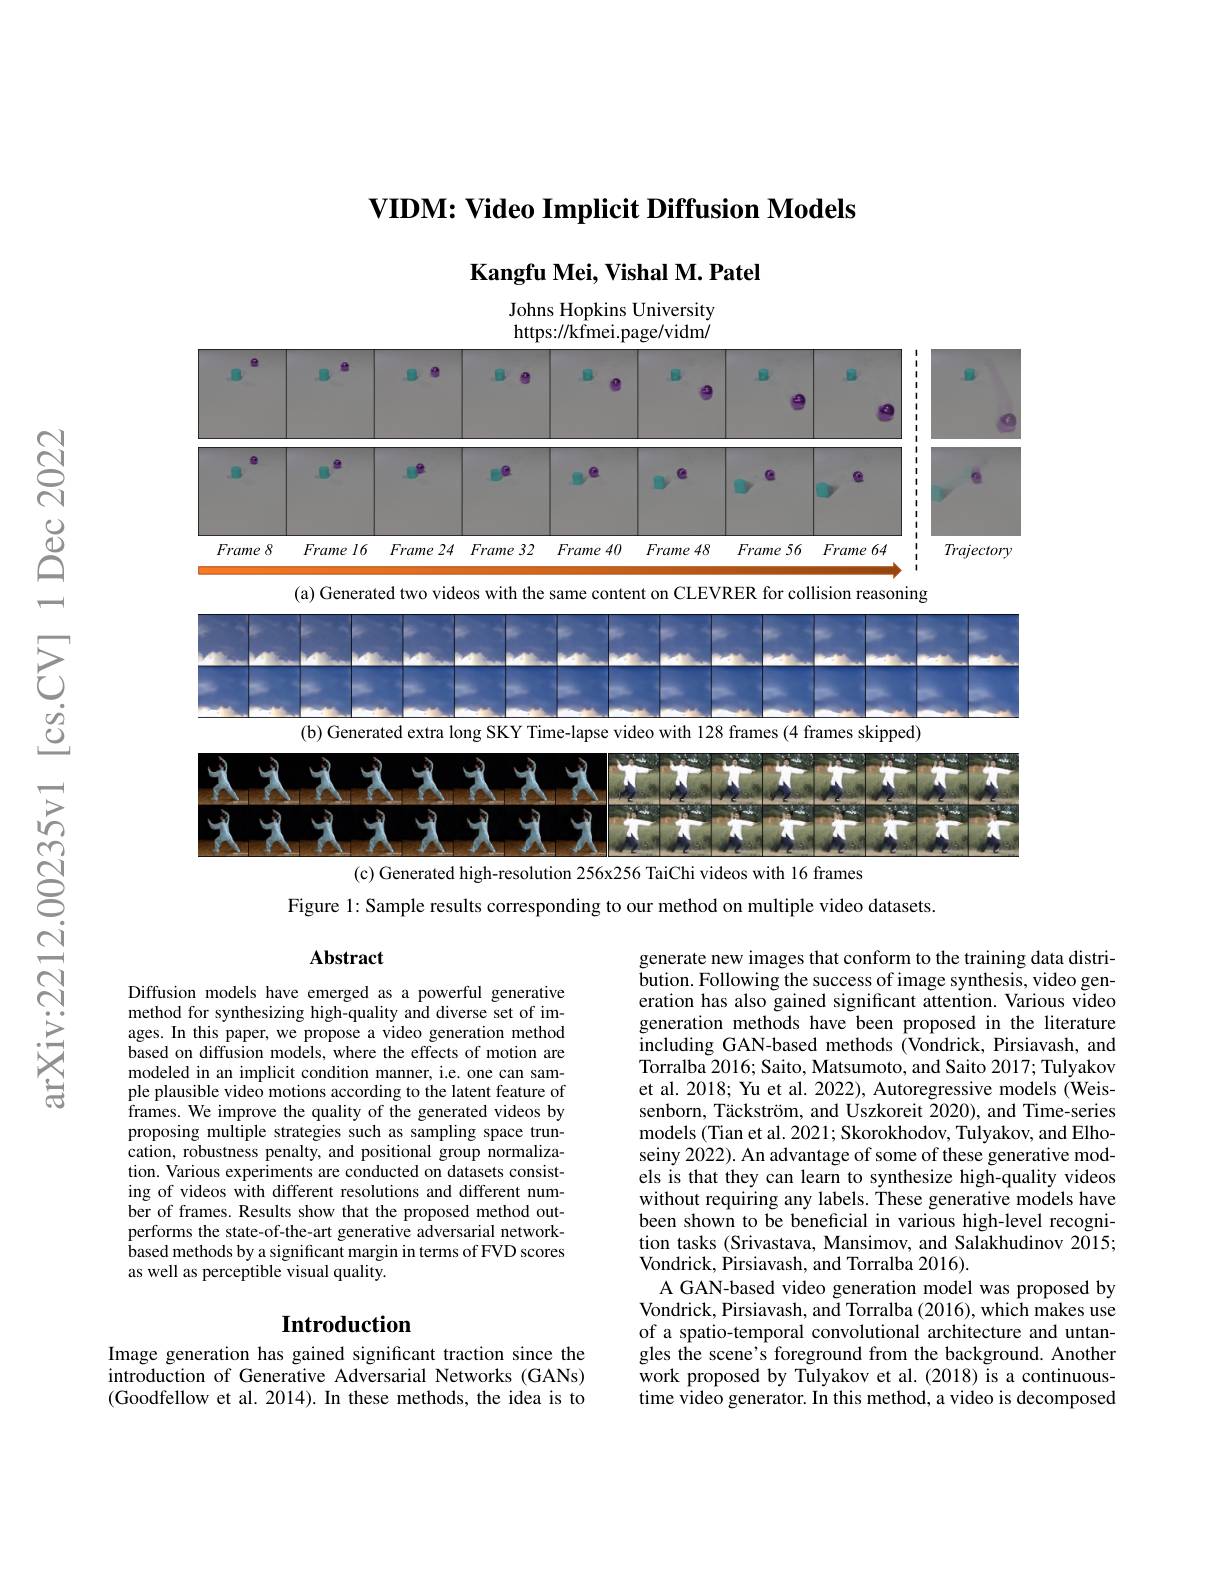
VIDM: Video Implicit Diffusion Models

Kangfu Mei, Vishal M. Patel

Johns Hopkins University https: / / kfmei. page/ vidm/
<FigureHere>

(c) Generated high-resolution 256x256 TaiChi videos with 16 frames

Figure 1: Sample results corresponding to our method on multiple video datasets.

### Abstract

Diffusion models have emerged as a powerful generative method for synthesizing high-quality and diverse set of images. In this paper, we propose a video generation method based on diffusion models, where the effects of motion are modeled in an implicit condition manner, i.e. one can sample plausible video motions according to the latent feature of frames. We improve the quality of the generated videos by proposing multiple strategies such as sampling space truncation, robustness penalty, and positional group normalization. Various experiments are conducted on datasets consisting of videos with different resolutions and different number of frames. Results show that the proposed method outperforms the state-of-the-art generative adversarial networkbased methods by a significant margin in terms of FVD scores as well as perceptible visual quality.

generate new images that conform to the training data distribution. Following the success of image synthesis, video generation has also gained significant attention. Various video generation methods have been proposed in the literature including GAN-based methods (Vondrick, Pirsiavash, and Torralba 2016; Saito, Matsumoto, and Saito 2017; Tulyakov et al. 2018; Yu et al. 2022), Autoregressive models (Weissenborn, Täckström, and Uszkoreit 2020), and Time-series models (Tian et al. 2021; Skorokhodov, Tulyakov, and Elhoseiny 2022). An advantage of some of these generative models is that they can learn to synthesize high-quality videos without requiring any labels. These generative models have been shown to be beneficial in various high-level recognition tasks (Srivastava, Mansimov, and Salakhudinov 2015; Vondrick, Pirsiavash, and Torralba 2016).
A GAN-based video generation model was proposed by Vondrick, Pirsiavash, and Torralba (2016), which makes use of a spatio-temporal convolutional architecture and untangles the scene's foreground from the background. Another work proposed by Tulyakov et al.(2018) is a continuoustime video generator. In this method, a video is decomposed

## $\textbf{Introduction}$

Image generation has gained significant traction since the introduction of Generative Adversarial Networks (GANs) (Goodfellow et al.2014).In these methods, the idea is to